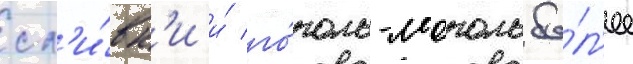
сл'и́вк'и и́ го́голь-моголь бо́л'ее